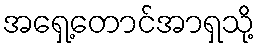
အရှေ့တောင်အာရှသို့